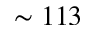
\sim 1 1 3